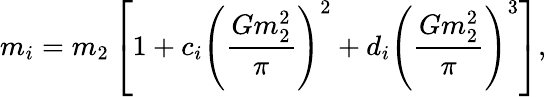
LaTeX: m_{i}=m_{2}\left[1+c_{i}\left(\frac{Gm_{2}^{2}}{\pi}\right)^{2}+d_{i}\left(\frac{Gm_{2}^{2}}{\pi}\right)^{3}\right],